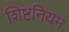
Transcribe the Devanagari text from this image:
शिष्टनियम